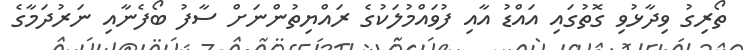
ތޯރިގު ވިދާޅުވި ގޮތުގައި އައްޑު އާއި ފުވައްމުލަކުގެ ރައްޔިތުންނަށް ސާފު ބޯފެނާއި ނަރުދަމާގެ